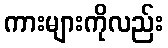
ကားများကိုလည်း